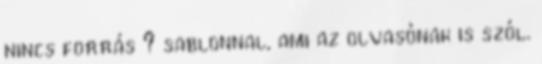
nincs forrás ? sablonnal, ami az olvasónak is szól.